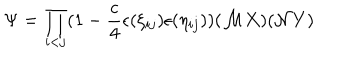
\Psi = \prod _ { i < j } ( 1 - \frac { c } { 4 } \epsilon ( \xi _ { i j } ) \epsilon ( \eta _ { i j } ) ) ( { \cal M } X ) ( { \cal N } Y )